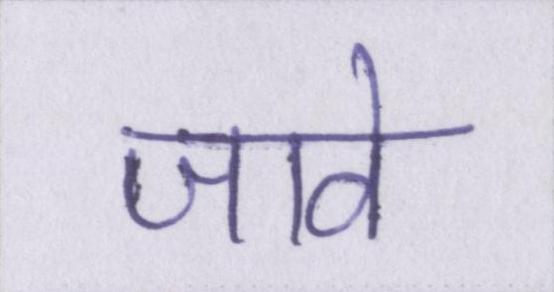
जावे